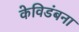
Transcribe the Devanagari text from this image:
केविडंबना